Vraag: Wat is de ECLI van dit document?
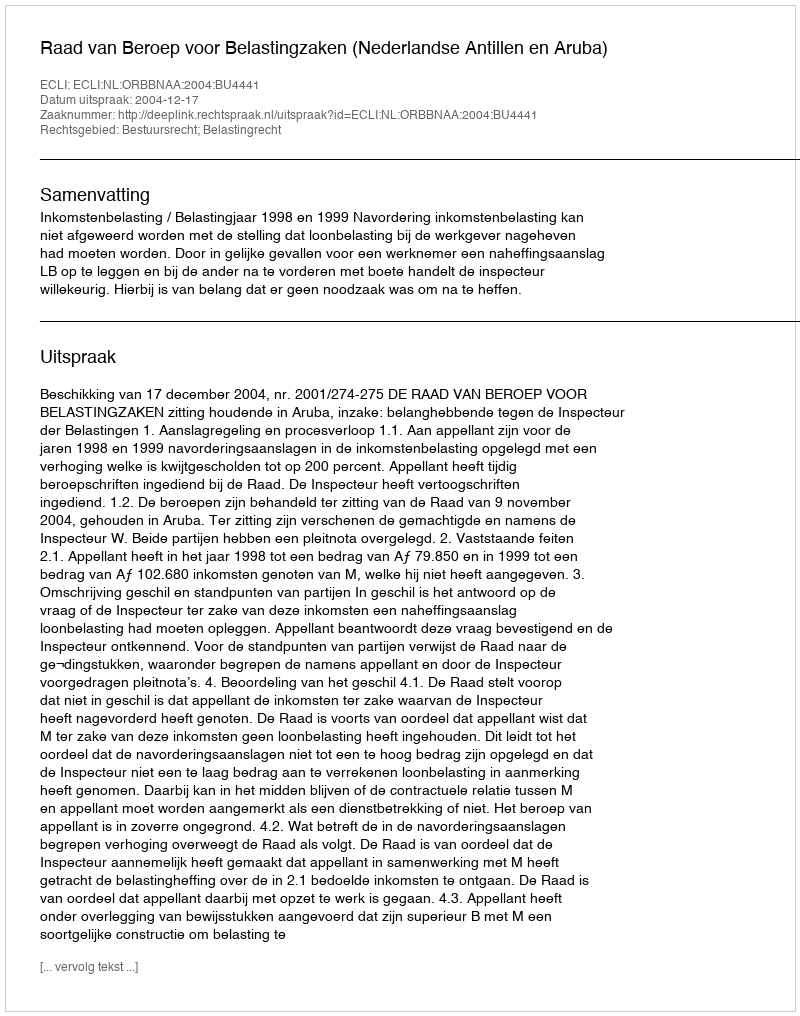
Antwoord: ECLI:NL:ORBBNAA:2004:BU4441